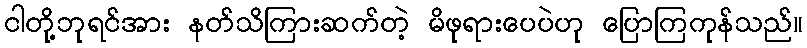
ငါတို့ဘုရင်အား နတ်သိကြားဆက်တဲ့ မိဖုရားပေပဲဟု ပြောကြကုန်သည်။